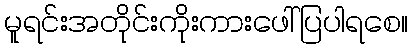
မူရင်းအတိုင်းကိုးကားဖေါ်ပြပါရစေ။